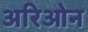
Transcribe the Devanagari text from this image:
अरिओन